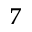
^ 7